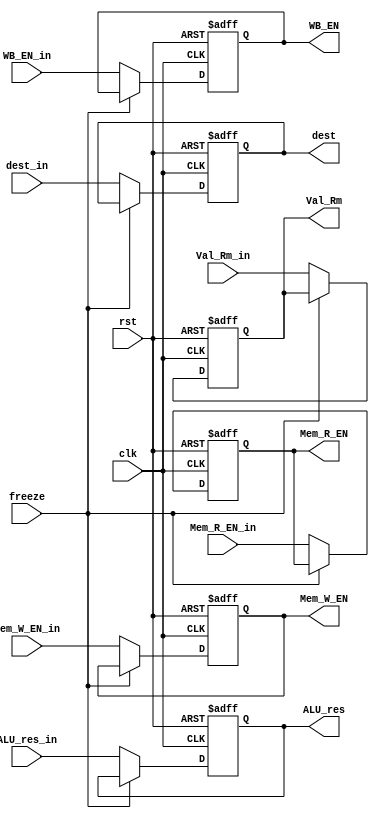
module EXE_Reg (
    clk,
    rst,
    ALU_res_in,
    WB_EN_in,
    Mem_R_EN_in,
    Mem_W_EN_in,
    dest_in,
    Val_Rm_in,
    freeze,

    ALU_res,
    Val_Rm,
    WB_EN,
    Mem_R_EN,
    Mem_W_EN,
    dest
);

    input clk, rst, WB_EN_in, Mem_R_EN_in, Mem_W_EN_in, freeze;
    input [3:0] dest_in;
    input [31:0] Val_Rm_in, ALU_res_in;

    output reg WB_EN, Mem_R_EN, Mem_W_EN;
    output reg [3:0] dest;
    output reg [31:0] Val_Rm, ALU_res;

    always @(posedge clk, posedge rst) begin
        if (rst)
            {WB_EN, Mem_R_EN, Mem_W_EN, dest, Val_Rm, ALU_res} <= 71'b0;
        else if (freeze)
            {WB_EN, Mem_R_EN, Mem_W_EN, dest, Val_Rm, ALU_res} <= {WB_EN, Mem_R_EN, Mem_W_EN, dest, Val_Rm, ALU_res};
        else begin
            WB_EN <= WB_EN_in;
            Mem_R_EN <= Mem_R_EN_in;
            Mem_W_EN <= Mem_W_EN_in;
            ALU_res <= ALU_res_in;
            Val_Rm <= Val_Rm_in;
            dest <= dest_in;
        end

    end

endmodule